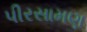
પીરસામણ